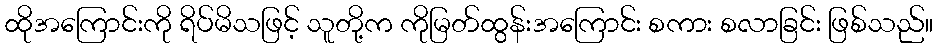
ထိုအကြောင်းကို ရိပ်မိသဖြင့် သူတို့က ကိုမြတ်ထွန်းအကြောင်း စကား စလာခြင်း ဖြစ်သည်။